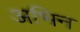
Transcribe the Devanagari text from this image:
अभिन